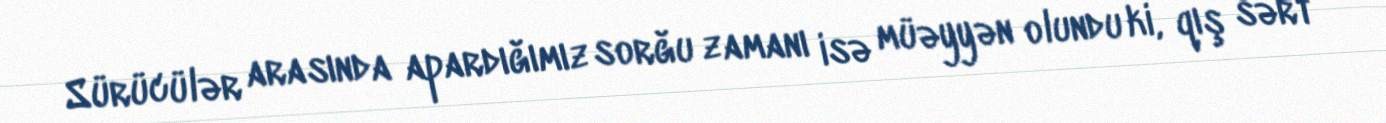
Sürücülər arasında apardığımız sorğu zamanı isə müəyyən olundu ki, qış sərt